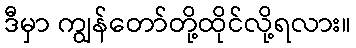
ဒီမှာ ကျွန်တော်တို့ထိုင်လို့ရလား။